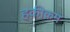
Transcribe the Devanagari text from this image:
हक़ीक़म